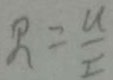
R = \frac { u } { I }